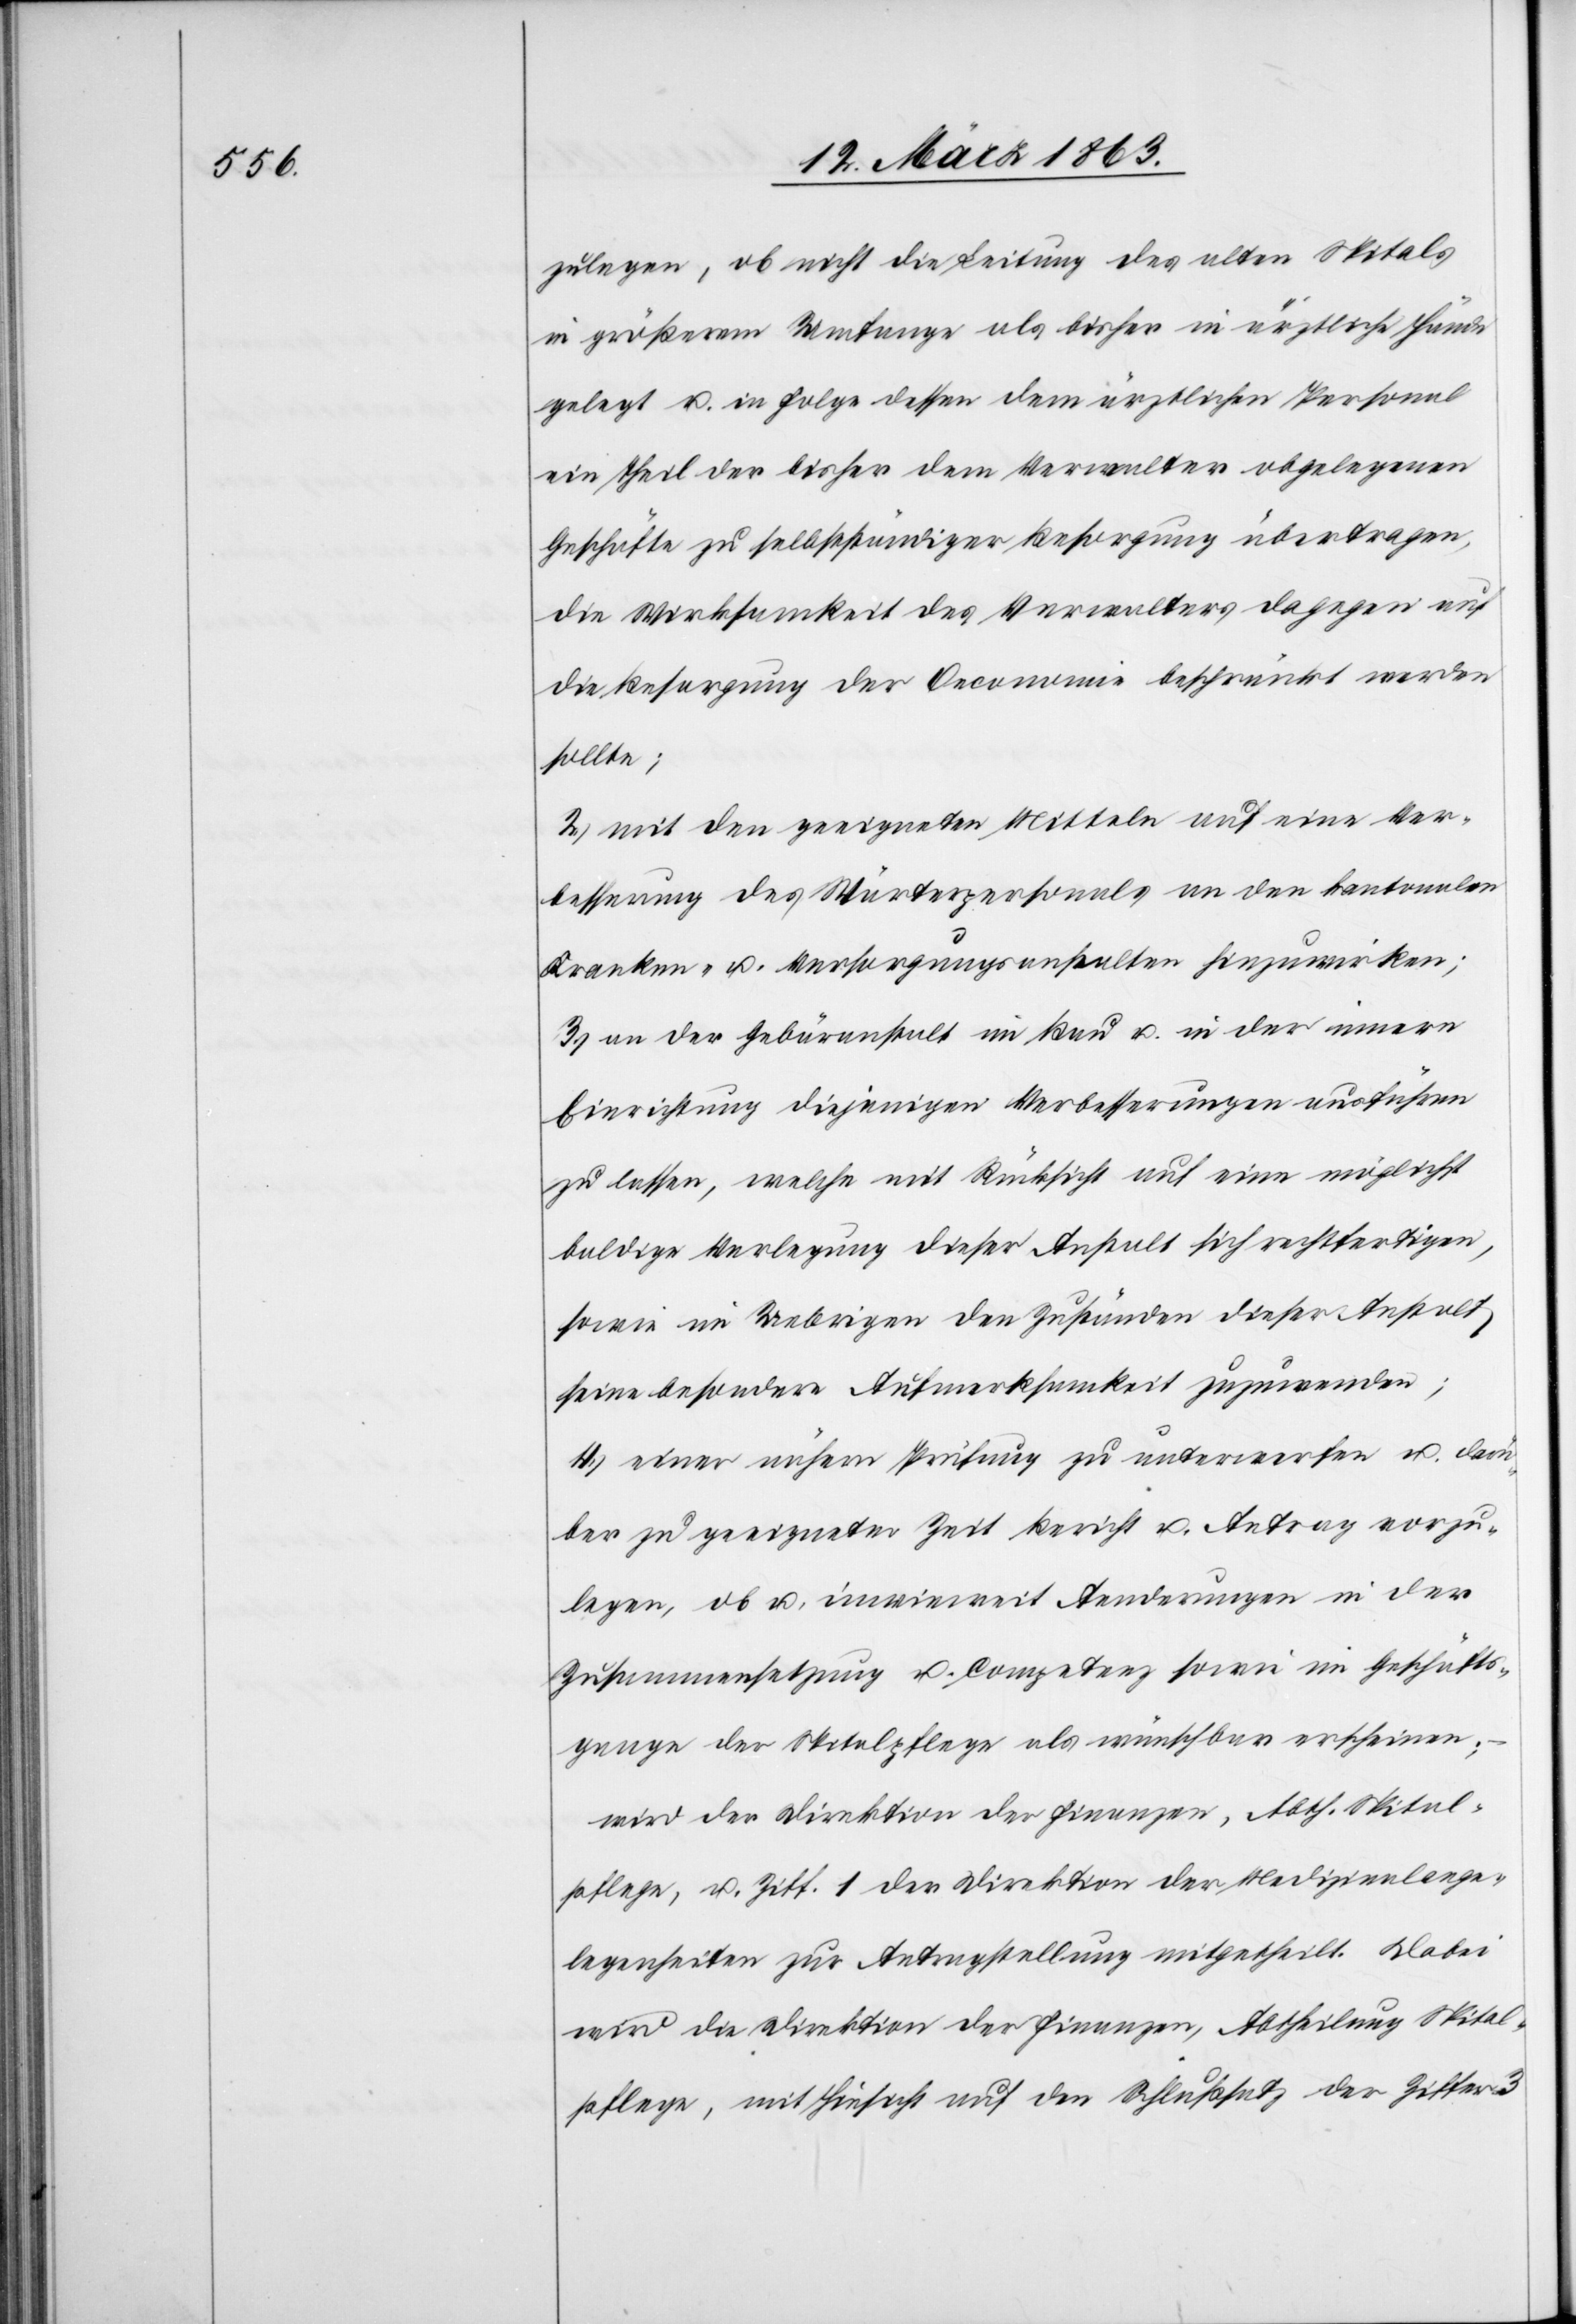
zulegen, ob nicht die Leitung des alten Spitals
in größerem Umfange als bisher in ärztliche Hände
gelegt u. in Folge dessen dem ärztlichen Personal
ein Theil der bisher dem Verwalter obgelegenen
Geschäfte zu selbstständiger Besorgung übertragen,
die Wirksamkeit des Verwalters dagegen auf
die Besorgung der Oeconomie beschränkt werden
sollte;
2.) mit den geeigneten Mitteln auf eine Ver¬
besserung des Wärterpersonals an den kantonalen
Kranken- u. Versorgungsanstalten hinzuwirken;
3.) an der Gebäranstalt im Bau u. in der innern
Einrichtung diejenigen Verbesserungen ausführen
zu lassen, welche mit Rücksicht auf eine möglichst
baldige Verlegung dieser Anstalt sich rechtfertigen,
sowie im Uebrigen den Zuständen dieser Anstalt
seine besondere Aufmerksamkeit zuzuwenden;
4.) einer nähern Prüfung zu unterwerfen u. darü¬
ber zu geeigneter Zeit Bericht u. Antrag vorzu¬
legen, ob u. inwieweit Aenderungen in der
Zusammensetzung u. Competenz sowie im Geschäfts¬
gange der Spitalpflege als wünschbar erscheinen;
wird der Direktion der Finanzen, Abth. Spital¬
pflege, u. Ziff. 1 der Direktion der Medizinalange¬
legenheiten zur Antragstellung mitgetheilt. Dabei
wird der Direktion der Finanzen, Abtheilung Spital¬
pflege, mit Hinsicht auf den Schlußsatz der Ziffer 3